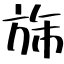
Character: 旆